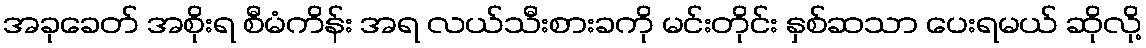
အခုခေတ် အစိုးရ စီမံကိန်း အရ လယ်သီးစားခကို မင်းတိုင်း နှစ်ဆသာ ပေးရမယ် ဆိုလို့